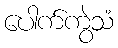
ပေါက်ကွဲသံ